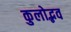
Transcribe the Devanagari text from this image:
कुलोद्भव